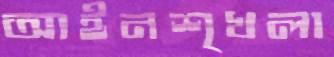
আইনশৃখলা